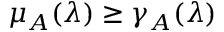
\mu _ { A } ( \lambda ) \geq \gamma _ { A } ( \lambda )